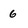
Character: 6